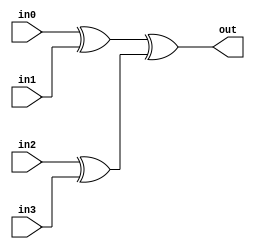
module xor_1bit_4in(in0, in1, in2, in3, out);
  input in0, in1, in2, in3;
  output out;

  wire temp_0, temp_1;

  xor xor_0(temp_0, in0, in1);
  xor xor_1(temp_1, in2, in3);

  xor xor_final(out, temp_0, temp_1);

endmodule